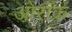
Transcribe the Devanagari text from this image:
ओरॉक